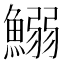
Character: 鰯